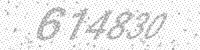
Solution: 614830